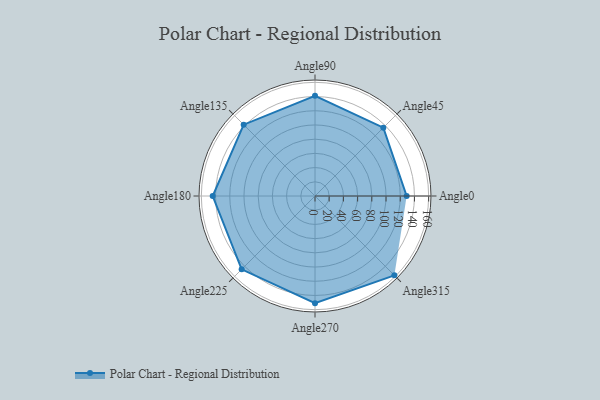
{"axis": {"x": "Angle", "y": "Radius"}, "legend": [""], "data": [{"x": "Angle0", "y": 129.0, "type": ""}, {"x": "Angle45", "y": 136.0, "type": ""}, {"x": "Angle90", "y": 141.0, "type": ""}, {"x": "Angle135", "y": 142.0, "type": ""}, {"x": "Angle180", "y": 144.0, "type": ""}, {"x": "Angle225", "y": 146.0, "type": ""}, {"x": "Angle270", "y": 151.0, "type": ""}, {"x": "Angle315", "y": 158.0, "type": ""}]}